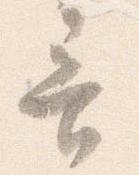
音